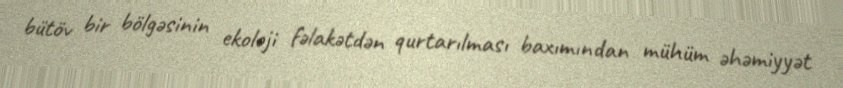
bütöv bir bölgəsinin ekoloji fəlakətdən qurtarılması baxımından mühüm əhəmiyyət